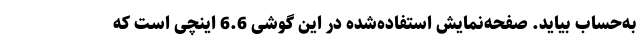
به‌حساب بیاید. صفحه‌نمایش استفاده‌شده در این گوشی 6.6 اینچی است که